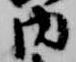
内